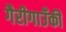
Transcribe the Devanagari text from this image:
गैरीगाउँकी